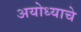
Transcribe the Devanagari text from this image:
अयोध्याचे